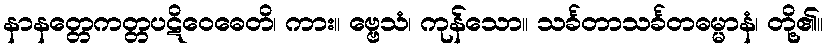
နာနတ္တေကတ္တပဋိဝေဓေတိ၊ ကား။ ဗ္ဗေသံ၊ ကုန်သော။ သင်္ခတာသင်္ခတဓမ္မာနံ၊ တို့၏။